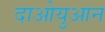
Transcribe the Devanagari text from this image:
दाओयुआन